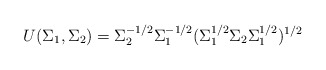
\begin{align*}U(\Sigma_1,\Sigma_2)=\Sigma_2^{-1/2}\Sigma_1^{-1/2}(\Sigma_1^{1/2}\Sigma_2\Sigma_1^{1/2} )^{1/2}\end{align*}